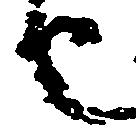
也